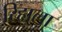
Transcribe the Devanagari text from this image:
रिहाला